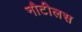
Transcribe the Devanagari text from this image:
नौटीलस